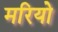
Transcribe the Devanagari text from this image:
मरियो